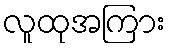
လူထုအကြား